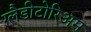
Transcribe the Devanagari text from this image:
ग्लैडीटोरिअम